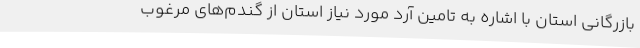
بازرگانی استان با اشاره به تامین آرد مورد نیاز استان از گندم‌های مرغوب